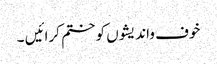
خوف واندیشوں کو ختم کرائیں ۔